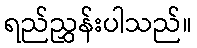
ရည်ညွှန်းပါသည်။